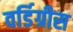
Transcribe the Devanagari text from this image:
वर्डिग्रीस